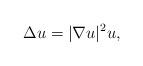
LaTeX: \begin{align*} \Delta u = |\nabla u|^2 u,\end{align*}